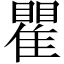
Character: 瞿